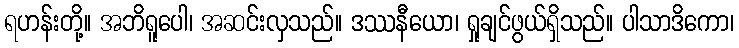
ရဟန်းတို့။ အဘိရူပေါ၊ အဆင်းလှသည်။ ဒဿနီယော၊ ရှုချင်ဖွယ်ရှိသည်။ ပါသာဒိကော၊